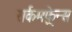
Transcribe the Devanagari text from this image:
सर्कमफ़्रेन्स